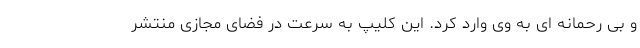
و بی رحمانه ای به وی وارد کرد. این کلیپ به سرعت در فضای مجازی منتشر